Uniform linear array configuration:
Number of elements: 16
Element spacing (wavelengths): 0.25
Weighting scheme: kaiser
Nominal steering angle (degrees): -60
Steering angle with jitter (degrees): -59.075
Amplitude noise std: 0.05
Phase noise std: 0.05

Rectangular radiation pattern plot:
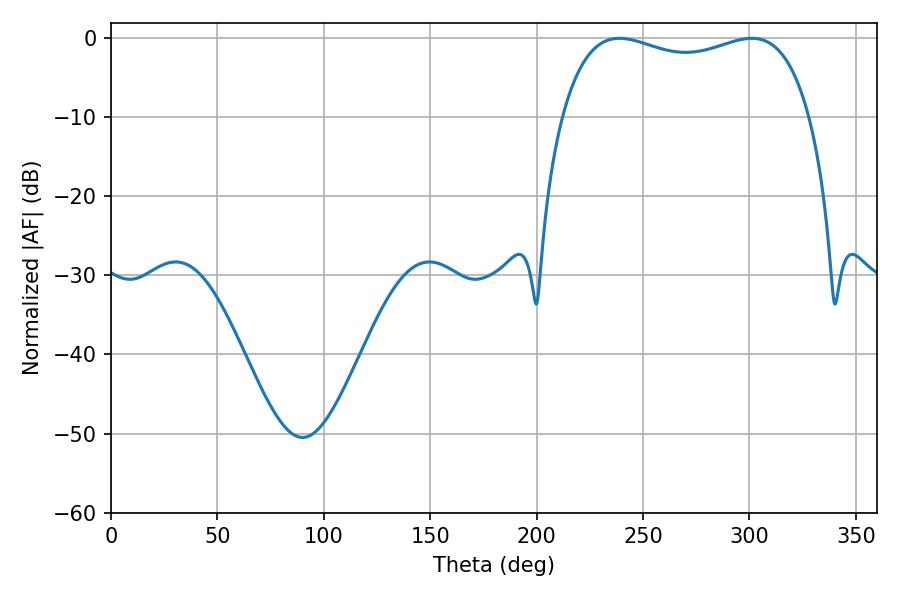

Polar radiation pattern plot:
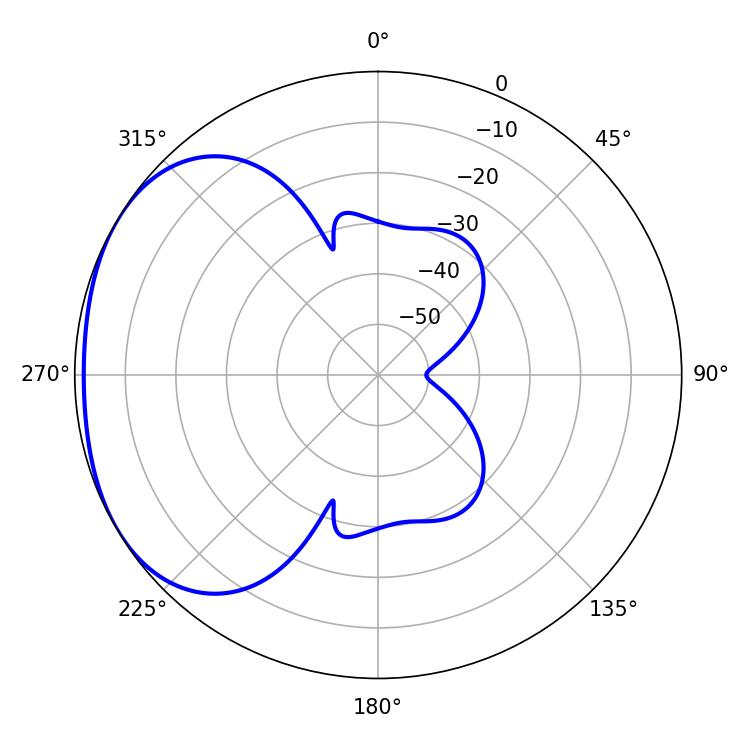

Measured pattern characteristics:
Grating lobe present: FALSE
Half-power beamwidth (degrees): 95.4
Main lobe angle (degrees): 238.86